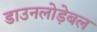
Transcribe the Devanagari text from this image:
डाउनलोड़ेबल